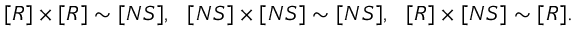
[ R ] \times [ R ] \sim [ N S ] , \ \ [ N S ] \times [ N S ] \sim [ N S ] , \ \ [ R ] \times [ N S ] \sim [ R ] .